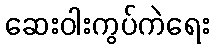
ဆေးဝါးကွပ်ကဲရေး